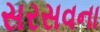
સરસવના